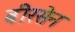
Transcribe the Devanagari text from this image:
बीरसेन